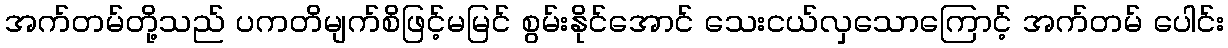
အက်တမ်တို့သည် ပကတိမျက်စိဖြင့်မမြင် စွမ်းနိုင်အောင် သေးငယ်လှသောကြောင့် အက်တမ် ပေါင်း